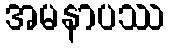
အမနာပဿ